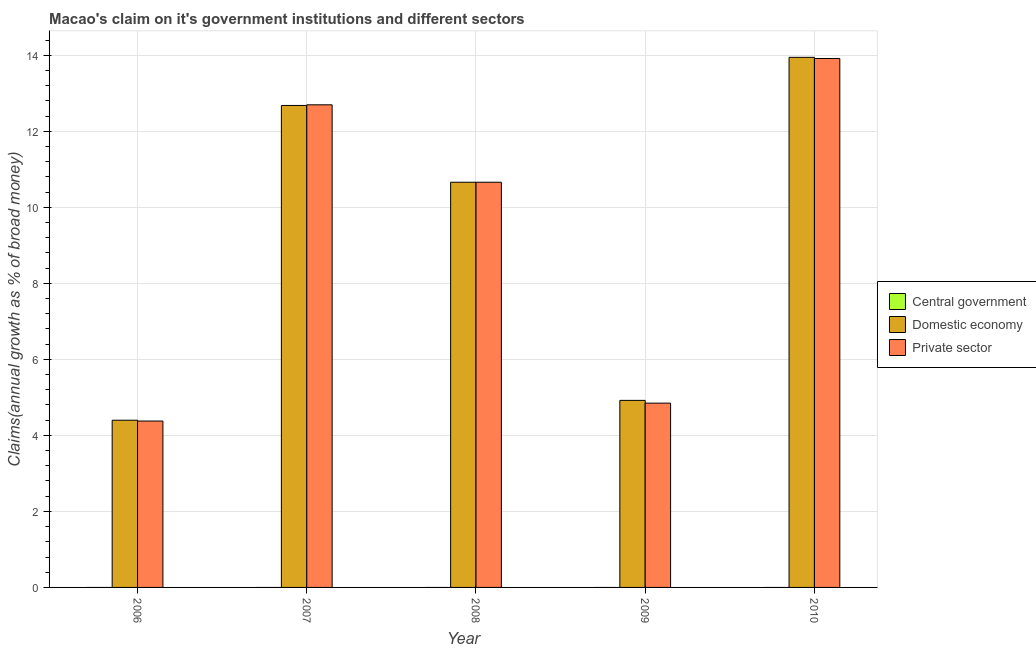
| Year | Central government | Domestic economy | Private sector |
 | --- | --- | --- | --- |
 | 2006 | -8.63 | 4.4 | 4.38 |
 | 2007 | -14.7 | 12.7 | 12.7 |
 | 2008 | -14.4 | 10.7 | 10.7 |
 | 2009 | -12.5 | 4.92 | 4.85 |
 | 2010 | -23.3 | 13.9 | 13.9 |